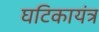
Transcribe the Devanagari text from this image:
घटिकायंत्र